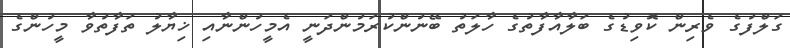
ގަލްފުގެ ވެރިން ކޮވިޑުގެ ބަލާއާފާތުގެ ހާލަތު ބޭނުންކުރަމުންދަނީ އެމީހުންނާއި ޚިޔާލު ތަފާތުވާ މީހުންގެ